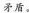
矛盾。